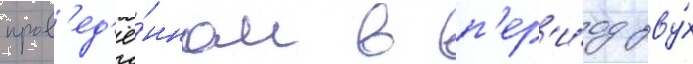
пров'ед'ё́нном в п'ер'и́од дву́х